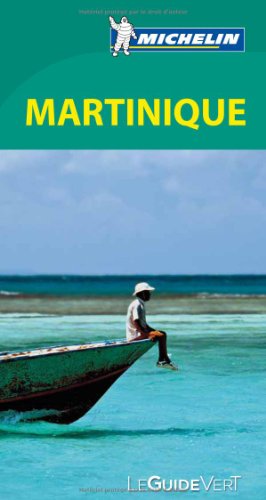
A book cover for Guide vert Martinique [green guide - in French] (French Edition); Michelin Travel Publications; Travel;